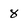
Character: 8